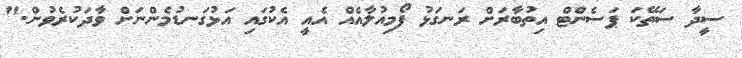
ސީދާ ސަތޭކަ ޕަސެންޓް އިތުބާރަށް ރަނގަޅު ފޯމިއުލާއެއް އެއީ އެކުގައި އަޅުގަނޑުމެންނަށް ވާދަކުރެވުން."